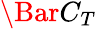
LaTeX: \Bar{C}_{T}